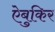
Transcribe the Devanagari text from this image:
ऐबुकिर